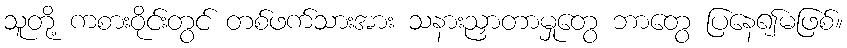
သူတို့ ကစားဝိုင်းတွင် တစ်ဖက်သားအား သနားညှာတာမှုတွေ ဘာတွေ ပြနေ၍မဖြစ်။